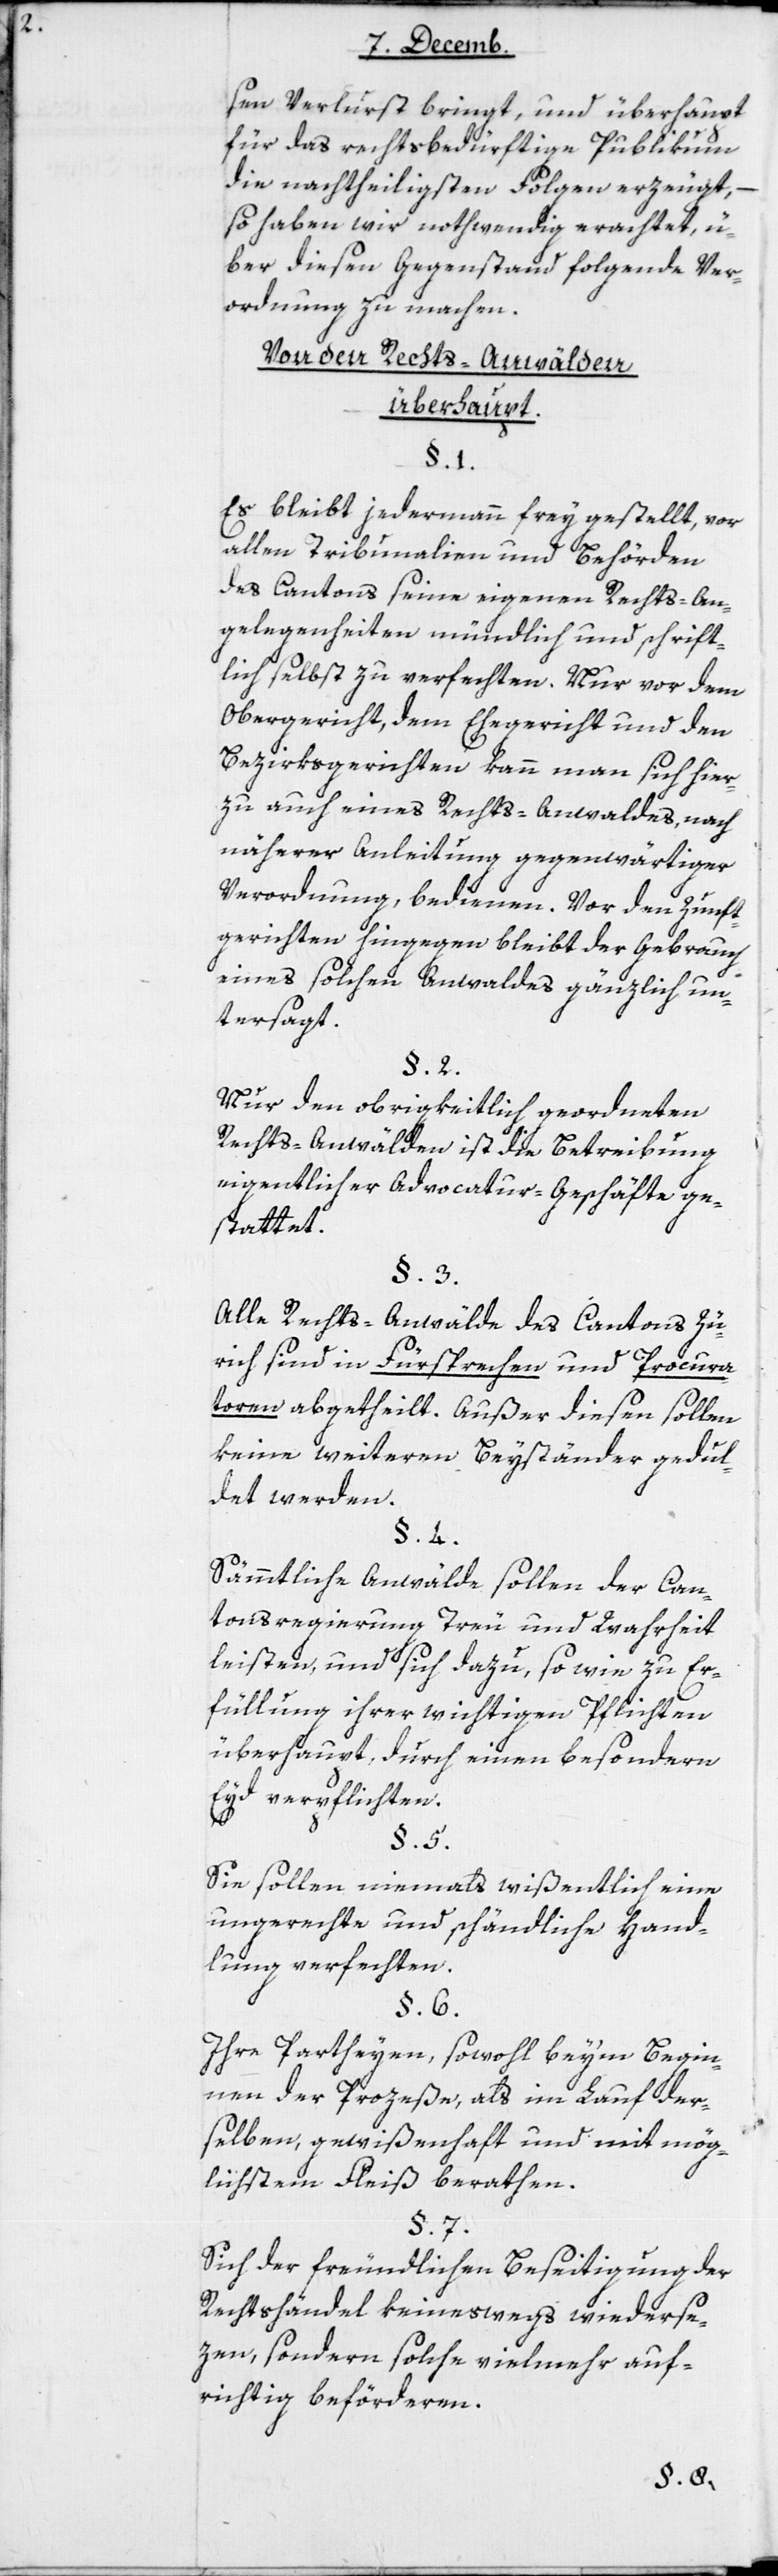
sen Verlurst bringt, und überhaupt
für das rechtsbedürftige Publikum
die nachtheiligsten Folgen erzeugt,
so haben wir nothwendig erachtet, ü¬
ber diesen Gegenstand folgende Ver¬
ordnung zu machen:
Von den Rechtsanwälten
überhaupt.
Es bleibt jedermann freygestellt, vor
allen Tribunalien und Behörden
des Cantons seine eigenen Rechts-An¬
gelegenheiten mündlich und schrift¬
lich selbst zu verfechten. Nur vor dem
Obergericht, dem Ehegericht und den
Bezirksgerichten kann man sich hier¬
zu auch eines Rechts-Anwaldes, nach
näherer Anleitung gegenwärtiger
Verordnung, bedienen. Vor den Zunft¬
gerichten hingegen bleibt der Gebrauch
eines solchen Anwaldes gänzlich un¬
tersagt.
Nur den obrigkeitlich geordneten
Rechts-Anwälden ist die Betreibung
eigentlicher Advocatur-Geschäfte ge¬
stattet.
Alle Rechts-Anwälde des Cantons Zü¬
rich sind in Fürsprecher und Procura¬
toren abgetheilt. Außer diesen sollen
keine weiteren Beyständer gedul¬
det werden.
Sämmtliche Anwälde sollen der Can¬
tonsregierung Treu und Wahrheit
leisten, und sich dazu, sowie zu Er¬
füllung ihrer wichtigen Pflichten
überhaupt, durch einen besondern
Eyd verpflichten.
Sie sollen niemals wißentlich eine
ungerechte und schändliche Hand¬
lung verfechten.
Ihre Partheyen, sowohl beym Begin¬
nen der Prozeße, als im Lauf der¬
selben, gewißenhaft und mit mög¬
lichstem Fleiß berathen.
Sich der freundlichen Beseitigung der
Rechtshändel keineswegs widerse¬
zen, sondern solche vielmehr auf¬
richtig beförderen.